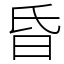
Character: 昏